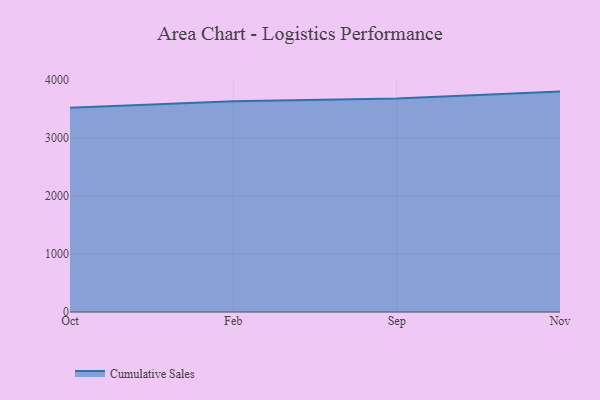
{"axis": {"x": "Month", "y": "Active Users"}, "legend": ["Cumulative Sales"], "data": [{"x": "Oct", "y": 3521.2, "type": "Cumulative Sales"}, {"x": "Feb", "y": 3634.3, "type": "Cumulative Sales"}, {"x": "Sep", "y": 3683.5, "type": "Cumulative Sales"}, {"x": "Nov", "y": 3801.1, "type": "Cumulative Sales"}]}